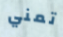
تمني